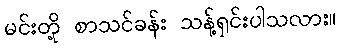
မင်းတို့ စာသင်ခန်း သန့်ရှင်းပါသလား။